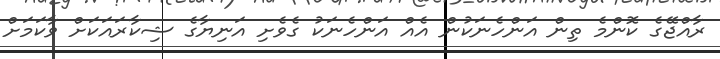
ރާއްޖޭގެ ކޮންމެ ތިން އަންހެނަކުން އެއް އަންހެނަކު ގެވެށި އަނިޔާގެ ޝިކާރައަކަށް ވާކަމަށް